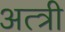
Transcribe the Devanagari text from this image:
अत्त्री